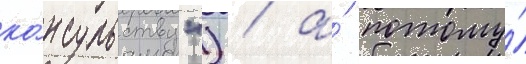
ко́нсульству") / а́ потому́